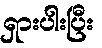
ရှားပါးပြီး